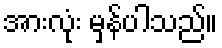
အားလုံး မှန်ပါသည်။